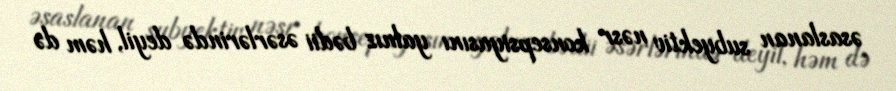
əsaslanan subyektiv nəsr konsepsiyasını yalnız bədii əsərlərində deyil, həm də